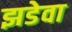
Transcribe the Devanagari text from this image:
झडेवा